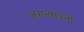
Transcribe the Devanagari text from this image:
जगत्पावनी